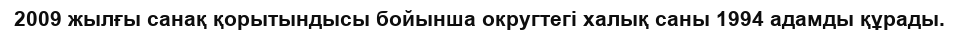
2009 жылғы санақ қорытындысы бойынша округтегі халық саны 1994 адамды құрады.